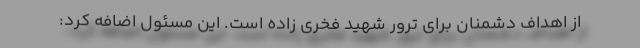
از اهداف دشمنان برای ترور شهید فخری زاده است. این مسئول اضافه کرد: